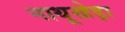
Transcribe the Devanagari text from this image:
नाथूखेड़ा